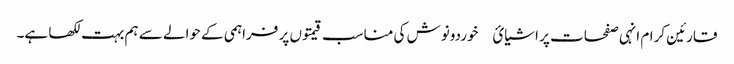
قارئین کرام انہی صفحات پر اشیائ￿ خوردونوش کی مناسب قیمتوں پر فراہمی کے حوالے سے ہم بہت لکھا ہے۔